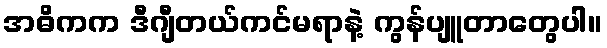
အဓိကက ဒီဂျီတယ်ကင်မရာနဲ့ ကွန်ပျူတာတွေပါ။